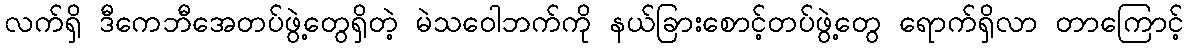
လက်ရှိ ဒီကေဘီအေတပ်ဖွဲ့တွေရှိတဲ့ မဲသဝေါဘက်ကို နယ်ခြားစောင့်တပ်ဖွဲ့တွေ ရောက်ရှိလာ တာကြောင့်